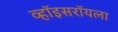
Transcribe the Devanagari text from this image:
व्हॉइसरॉयला